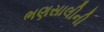
ભણસાલીની